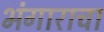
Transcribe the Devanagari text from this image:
भंगाराचा